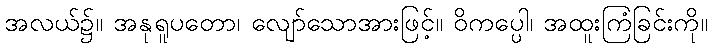
အလယ်၌။ အနုရူပတော၊ လျော်သောအားဖြင့်။ ဝိကပ္ပေါ၊ အထူးကြံခြင်းကို။